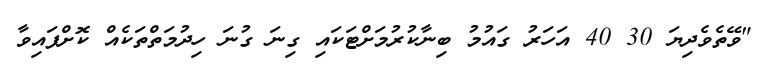
"ވޭތެވެދިޔަ 30 40 އަހަރު ގައުމު ބިނާކުރުމަށްޓަކައި ގިނަ ގުނަ ހިދުމަތްތަކެއް ކޮށްފައިވާ